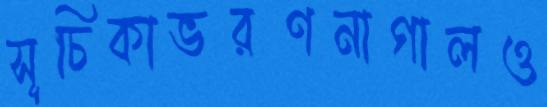
সূচিকাভরণনাগালও